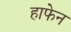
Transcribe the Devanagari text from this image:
हाफेन